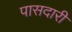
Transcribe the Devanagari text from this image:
पासदारी